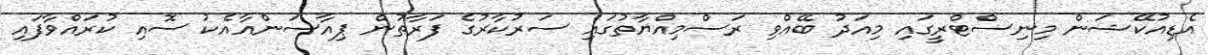
އެޑިއުކޭޝަން މިނިސްޓްރީގައި މިއަދު ބޭއްވި ރަސްމިއްޔާތުގައި ސަރުކާރުގެ ފަރާތުން ޕިއާސަންއާއެކު ސޮއި ކުރައްވާފައި